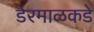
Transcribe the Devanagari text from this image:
डेरमाळकडे